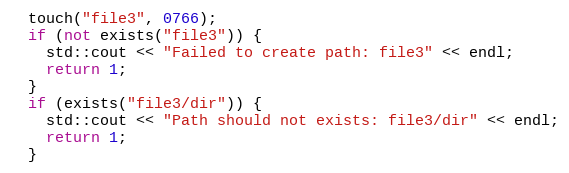
Language: C++
  touch("file3", 0766);
  if (not exists("file3")) {
    std::cout << "Failed to create path: file3" << endl;
    return 1;
  }
  if (exists("file3/dir")) {
    std::cout << "Path should not exists: file3/dir" << endl;
    return 1;
  }